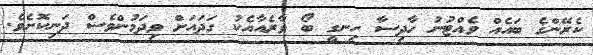
ކެރޭންގެ ބައެއް ވެއްޓުނު ހާދިސާ ހިނގީ ބޯ ވާރެއާއެކު ގަދައަށް ވިދަމުންވެސް ދަނިކޮށެވެ.